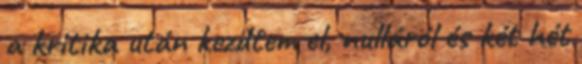
a kritika után kezdtem el, nulláról és két hét